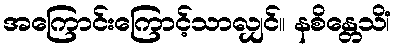
အကြောင်းကြောင့်သာလျှင်။ နစိန္တေသိံ၊